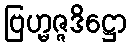
ဗြဟ္မဇ္ဇဒိဋ္ဌော